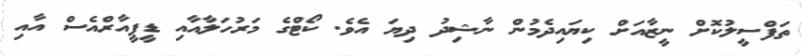
ތަފްސީލުކޮށް ނީޒާއަށް ކިޔައިދެމުން ނާޝިދު ދިޔަ އެވެ. ކޯޓްގެ މަރުހަލާއާއި ޑީޕީއާރްއެސް އާއި